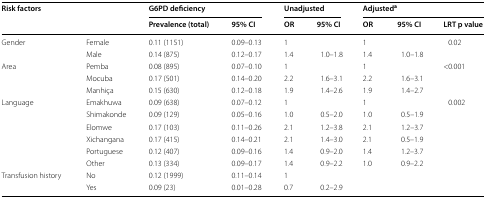
<table><thead><tr><td rowspan="2"><b>Risk factors</b></td><td rowspan="2"></td><td colspan="2"><b>G6PD deficiency</b></td><td colspan="2"><b>Unadjusted</b></td><td colspan="3"><b>Adjusted<sup>a</sup></b></td></tr><tr><td><b>Prevalence (total)</b></td><td><b>95% CI</b></td><td><b>OR</b></td><td><b>95% CI</b></td><td><b>OR</b></td><td><b>95% CI</b></td><td><b>LRT p value</b></td></tr></thead><tbody><tr><td rowspan="2">Gender</td><td>Female</td><td>0.11 (1151)</td><td>0.09–0.13</td><td>1</td><td></td><td>1</td><td></td><td rowspan="2">0.02</td></tr><tr><td>Male</td><td>0.14 (875)</td><td>0.12–0.17</td><td>1.4</td><td>1.0–1.8</td><td>1.4</td><td>1.0–1.8</td></tr><tr><td rowspan="3">Area</td><td>Pemba</td><td>0.08 (895)</td><td>0.07–0.10</td><td>1</td><td></td><td>1</td><td></td><td rowspan="3">&lt;0.001</td></tr><tr><td>Mocuba</td><td>0.17 (501)</td><td>0.14–0.20</td><td>2.2</td><td>1.6–3.1</td><td>2.2</td><td>1.6–3.1</td></tr><tr><td>Manhiça</td><td>0.15 (630)</td><td>0.12–0.18</td><td>1.9</td><td>1.4–2.6</td><td>1.9</td><td>1.4–2.7</td></tr><tr><td rowspan="6">Language</td><td>Emakhuwa</td><td>0.09 (638)</td><td>0.07–0.12</td><td>1</td><td></td><td>1</td><td></td><td rowspan="6">0.002</td></tr><tr><td>Shimakonde</td><td>0.09 (129)</td><td>0.05–0.16</td><td>1.0</td><td>0.5–2.0</td><td>1.0</td><td>0.5–1.9</td></tr><tr><td>Elomwe</td><td>0.17 (103)</td><td>0.11–0.26</td><td>2.1</td><td>1.2–3.8</td><td>2.1</td><td>1.2–3.7</td></tr><tr><td>Xichangana</td><td>0.17 (415)</td><td>0.14–0.21</td><td>2.1</td><td>1.4–3.0</td><td>2.1</td><td>0.5–1.9</td></tr><tr><td>Portuguese</td><td>0.12 (407)</td><td>0.09–0.16</td><td>1.4</td><td>0.9–2.0</td><td>1.4</td><td>1.2–3.7</td></tr><tr><td>Other</td><td>0.13 (334)</td><td>0.09–0.17</td><td>1.4</td><td>0.9–2.2</td><td>1.0</td><td>0.9–2.2</td></tr><tr><td rowspan="2">Transfusion history</td><td>No</td><td>0.12 (1999)</td><td>0.11–0.14</td><td>1</td><td></td><td></td><td></td><td rowspan="2"></td></tr><tr><td>Yes</td><td>0.09 (23)</td><td>0.01–0.28</td><td>0.7</td><td>0.2–2.9</td><td></td><td></td></tr></tbody></table>